Madras plague regulations in force outside the Presidency town - Volume 1
Disease focus: Plague
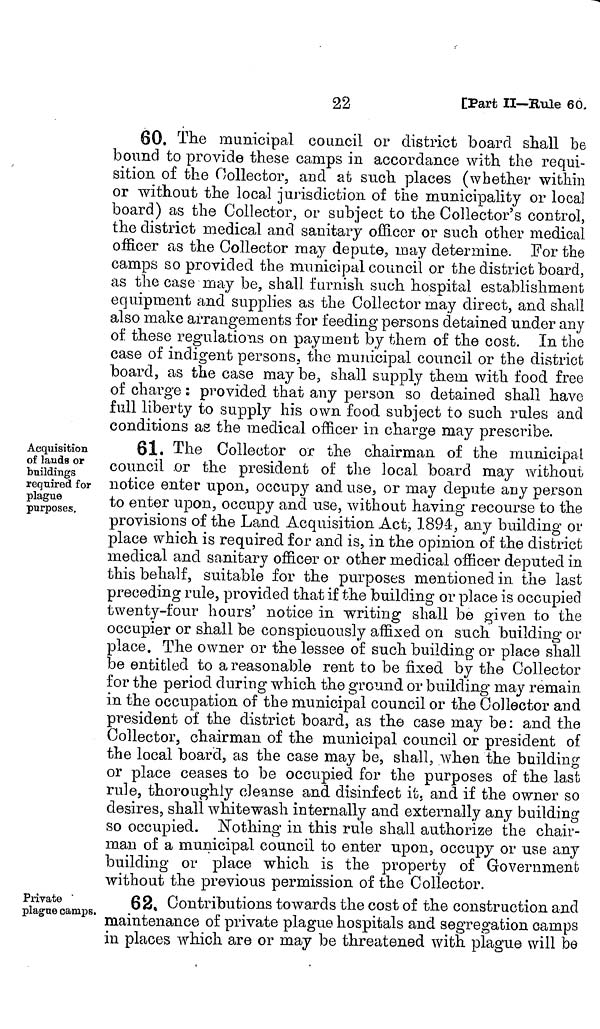
22
[Part II—Rule 60.
60, The municipal council or district board shall be
bound to provide these camps in accordance with the requi-
sition of the Collector, and at such places (whether within
or without the local jurisdiction of the municipality or local
board) as the Collector, or subject to the Collector's control,
the district medical and sanitary officer or such other medical
officer as the Collector may depute, may determine. For the
camps so provided the municipal council or the district board,
as the case may be, shall furnish such hospital establishment
equipment and supplies as the Collector may direct, and shall
also make arrangements for feeding persons detained under any
of these regulations on payment by them of the cost. In the
case of indigent persons, the municipal council or the district
board, as the case may be, shall supply them with food free
of charge : provided that any person so detained shall have
full liberty to supply his own food subject to such rules and
conditions as the medical officer in charge may prescribe.
Acquisition
of lauds or
buildings
required for
plague
purposes.
61. The Collector or the chairman of the municipal
council .or the president of the local board may without
notice enter upon, occupy and use, or may depute any person
to enter upon, occupy and use, without having recourse to the
provisions of the Land Acquisition Act, 1894, any building or
place which is required for and is, in the opinion of the district
medical and sanitary officer or other medical officer deputed in
this behalf, suitable for the purposes mentioned in the last
preceding rule, provided that if the building or place is occupied
twenty-four hours' notice in writing shall be given to the
occupier or shall be conspicuously affixed on such building or
place. The owner or the lessee of such building or place shall
be entitled to a reasonable rent to be fixed by the Collector
for the period during which the ground or building may remain
in the occupation of the municipal council or the Collector and
president of the district board, as the case may be: and the
Collector, chairman of the municipal council or president of
the local board, as the case may be, shall, when the building
or place ceases to be occupied for the purposes of the last
rule, thoroughly cleanse and disinfect it, and if the owner so
desires, shall whitewash internally and externally any building
so occupied. Nothing in this rule shall authorize the chair-
man of a municipal council to enter upon, occupy or use any
building or place which is the property of Government
without the previous permission of the Collector.
Private
plague camps,
62. Contributions towards the cost of the construction and
maintenance of private plague hospitals and segregation camps
in places which are or may be threatened with plague will be